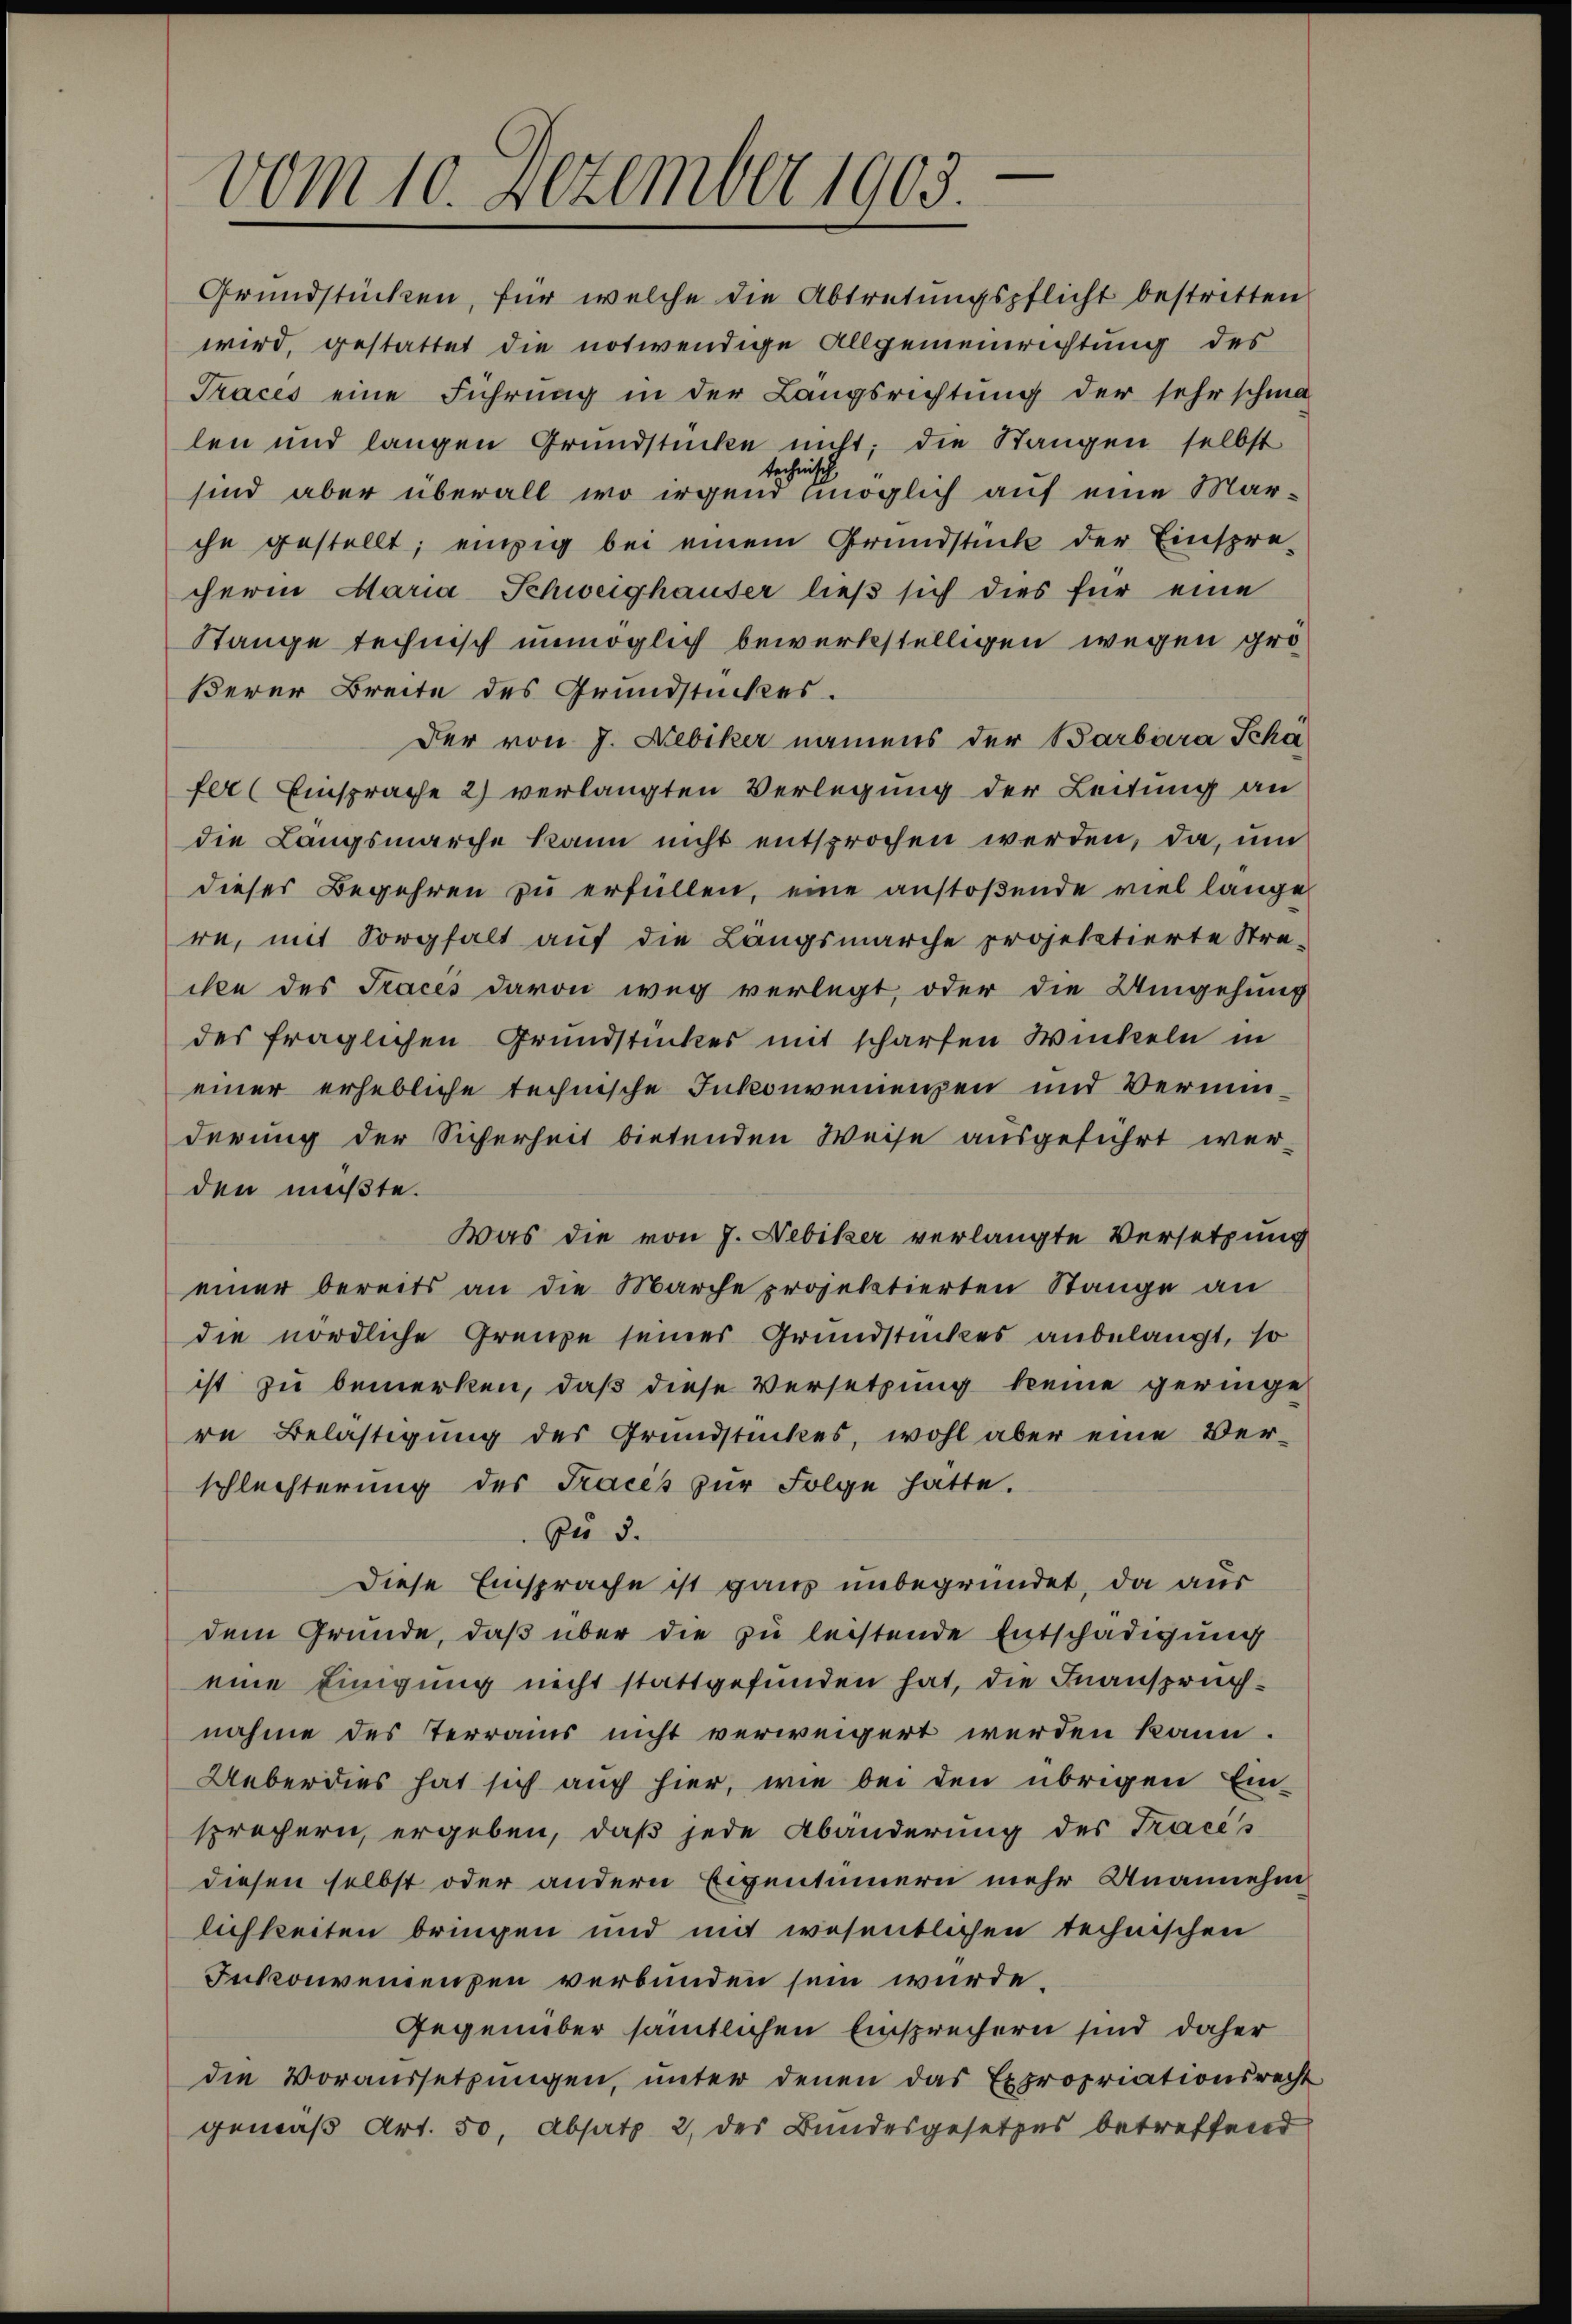
vom 10. Dezember 1903.

cheren Maria Schweighauser ließ sich dies für eine
Stange technisch unmöglich bewerkstelligen wegen größerer Breite des Grundstückes.
Der von J. Nebiker namens der Barbara Schäfer (Einsprache 2) verlangten Verlegung der Leitung an
die Längsmarche kann nicht entsprochen werden, da, um
dieses Begehren zu erfüllen, eine anstoßende viel lange
re, mit Sorgfalt auf die Langsmarche projektierte Stre-
isce des Tracés davon weg verlegt, oder die Umgehung
des fraglichen Grundstückes mit scharfen Winkeln in
einer erhebliche technische Inkonvenienzen und Verminderung der Sicherheit bietenden Weise ausgeführt wer-
den mußte.
Was die von J. Nebiker verlangte Versetzung
einer bereits an die Marche projektierten Stange an
die nördliche Grenze seines Grundstückes anbelangt, so
ist zu bemerken, daß diese Versetzung keine geringe
re Belästigung des Grundstückes, wohl aber eine Verschlechterung des Tracés zur Folge hatte.
zu 3.
Diese Einsprache ist ganz unbegründet, da aus
dem Grunde, daß über die zu leistende Entschädigung
eine Einigung nicht stattgefunden hat, die Inanspruchnahme des Terrains nicht verweigert werden kann.
Ueberdies hat sich auch hier, wie bei den übrigen Einsprechern ergeben, daß jede Abänderung des Tracés
diesen selbst oder andern Eigentümern mehr Unannehm
lichkeiten bringen und mit wesentlichen technischen
Inkonvenienzen verbunden sein würde.
Gegenüber sämtlichen Einsprechern sind daher
die Voraussetzŭngen, unter denen das Expropriationsrecht
gemäß Art. 50, Absatz 2 des Bundesgesetzes betreffend

Grundstücken, für welche die Abtretungspflicht bestritten
wird, gestattet die notwendige Allgemeinrichtung des
Traces eine Führung in der Langsrichtung der sehr schma
len und langen Grundstücke nicht; die Stangen selbst
technisch
sind aber überall wo irgend möglich auf eine Marche gestellt; einzig bei einem Grundstück der Einspre-